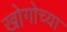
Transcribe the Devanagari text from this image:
खोगोच्या